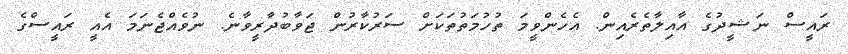
ރައީސް ނަޝީދުގެ އާއިލާތެރެއިން. އެހެންވީމަ ތުހުމަތުތަކަށް ސަރުކާރުން ޖަވާބުދާރީވާނެ. ނުވެއްޖެނަމަ އެއީ ރައީސްގެ